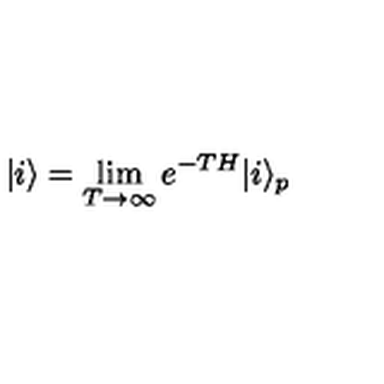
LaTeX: | i \rangle = \lim _ { T \rightarrow \infty } e ^ { - T H } | i \rangle _ { p }